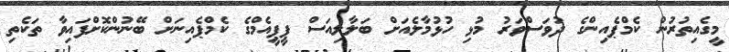
މީގެއިތުރުން ކެމްޕެއިންގެ ދުވަސްވަރު މުޅި ހުޅުމާލެއަށް ބަލާލިއަސް ޕީޕީއެމްގެ ކެމްޕެއިނަށް ބޭނުންކޮށްފައިވާ ތަކެތި